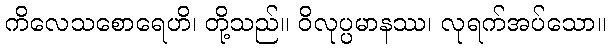
ကိလေသစောရေဟိ၊ တို့သည်။ ဝိလုပ္ပမာနဿ၊ လုရက်အပ်သော။